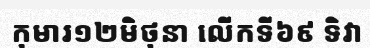
កុមារ១២មិថុនា លើកទី៦៩ ទិវា